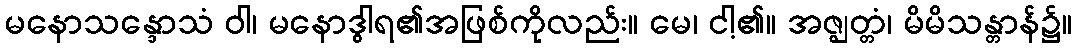
မနောသန္ဒောသံ ဝါ၊ မနောဒွါရ၏အဖြစ်ကိုလည်း။ မေ၊ ငါ့၏။ အဇ္ဈတ္တံ၊ မိမိသန္တာန်၌။